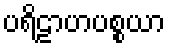
ပရိဠာဟပစ္စယာ